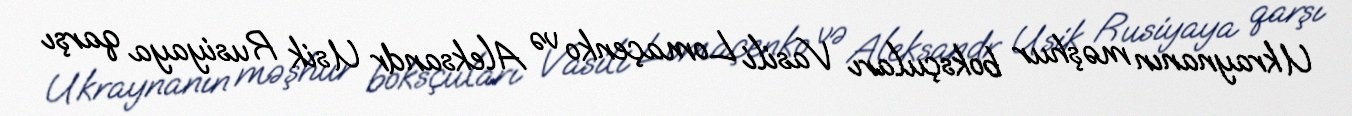
Ukraynanın məşhur boksçuları Vasili Lomaçenko və Aleksandr Usik Rusiyaya qarşı